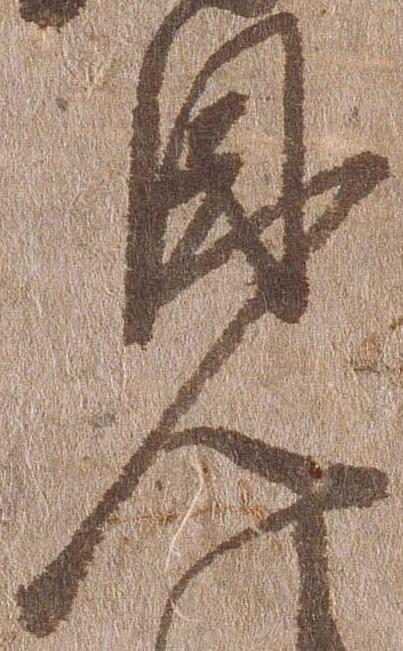
見